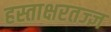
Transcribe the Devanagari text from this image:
हस्ताक्षरतज्ज्ञ